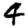
Digit: 4